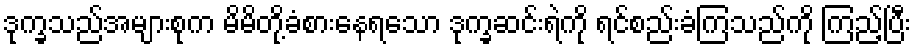
ဒုက္ခသည်အများစုက မိမိတို့ခံစားနေရသော ဒုက္ခဆင်းရဲကို ရင်စည်းခံကြသည်ကို ကြည့်ပြီး